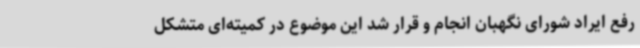
رفع ایراد شورای نگهبان انجام و قرار شد این موضوع در کمیته‌ای متشکل